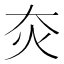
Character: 𤆍